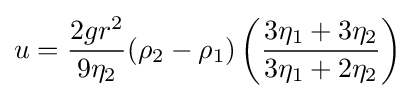
u={\frac {2gr^{2}}{9\eta _{2}}}(\rho _{2}-\rho _{1})\left({\frac {3\eta _{1}+3\eta _{2}}{3\eta _{1}+2\eta _{2}}}\right)\!